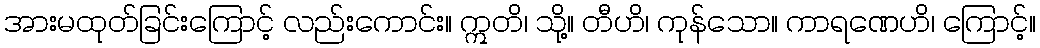
အားမထုတ်ခြင်းကြောင့် လည်းကောင်း။ ဣတိ၊ သို့။ တီဟိ၊ ကုန်သော။ ကာရဏေဟိ၊ ကြောင့်။